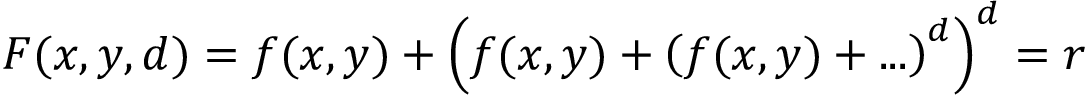
F ( x , y , d ) = f ( x , y ) + \left( f ( x , y ) + \left( f ( x , y ) + . . . \right) ^ { d } \right) ^ { d } = r